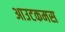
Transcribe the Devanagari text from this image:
आउटकमस